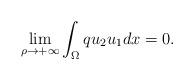
LaTeX: \begin{align*}\lim_{\rho\to+\infty}\int_\Omega qu_2u_1dx=0.\end{align*}